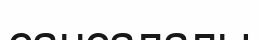
сансалалы